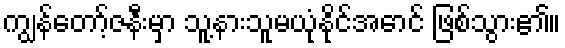
ကျွန်တော့်ဇနီးမှာ သူ့နားသူမယုံနိုင်အောင် ဖြစ်သွား၏။